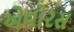
એવોરસ